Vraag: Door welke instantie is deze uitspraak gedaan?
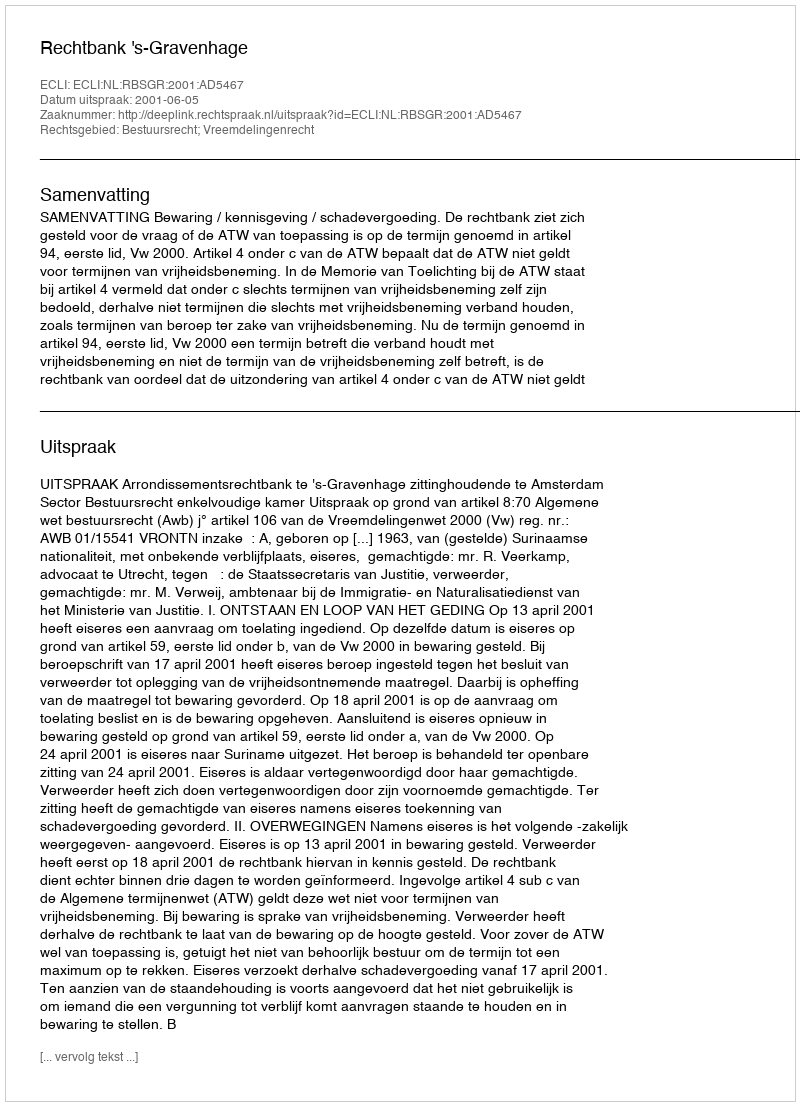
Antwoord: Rechtbank 's-Gravenhage